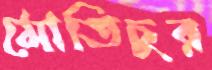
মোতিচুর